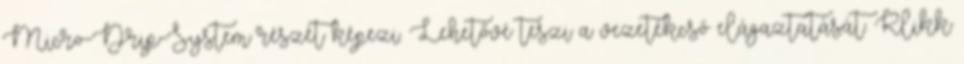
Micro-Drip-System részét képezi. Lehetővé teszi a vezetékcső elágaztatását. Klikk